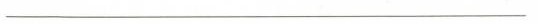
___